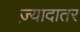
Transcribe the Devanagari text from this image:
ज्‍़यादातर